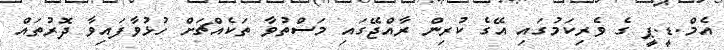
އެމް.ޑީ.ޕީ ގެ ވެރިކަމުގައި އޭގެ ކުރިން ރާއްޖޭގައި މަސްތުވާ ތަކެއްޗަށް ހުޅުވާފައިވާ ދޮރުތައް